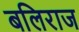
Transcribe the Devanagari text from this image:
बलिराज